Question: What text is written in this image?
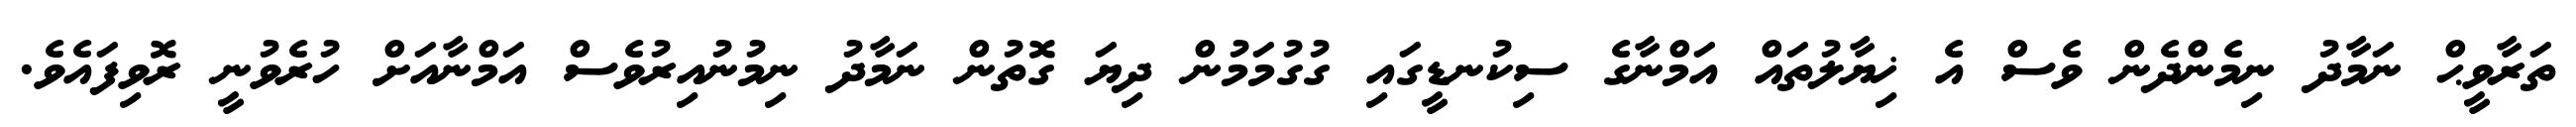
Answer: ތަރާވީޙް ނަމާދު ނިމެންދެން ވެސް އެ ޚިޔާލުތައް އަމްނާގެ ސިކުނޑީގައި ގުގުމަމުން ދިޔަ ގޮތުން ނަމާދު ނިމުނުއިރުވެސް އަމްނާއަށް ހުރެވުނީ ރޮވިފައެވެ.